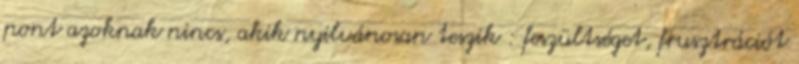
pont azoknak nincs, akik nyilvánosan teszik : feszültséget, frusztrációt